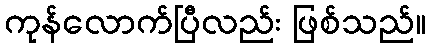
ကုန်လောက်ပြီလည်း ဖြစ်သည်။